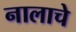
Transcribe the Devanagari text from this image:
नालाचे